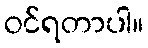
ဝင်ရတာပါ။